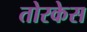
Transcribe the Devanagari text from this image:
तोरकेस